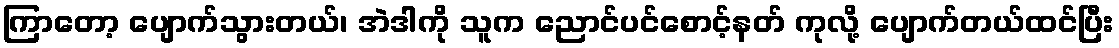
ကြာတော့ ပျောက်သွားတယ်၊ အဲဒါကို သူက ညောင်ပင်စောင့်နတ် ကုလို့ ပျောက်တယ်ထင်ပြီး